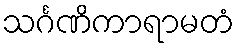
သင်္ဂဏိကာရာမတံ